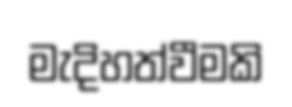
මැදිහත්වීමකි